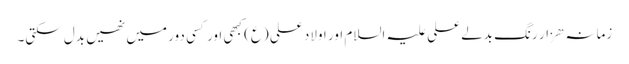
زمانہ ھزار رنگ بدلے علی علیہ السلام اور اولاد علی (ع) کبھی اور کسی دور میں نھیں بدل سکتی۔